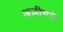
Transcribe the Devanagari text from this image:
अज़ीयतें